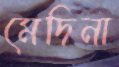
মেদিনা